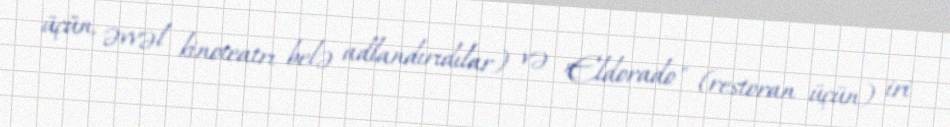
üçün, əvvəl kinoteatrı belə adlandırıdılar) və "Eldorado" (restoran üçün) iri